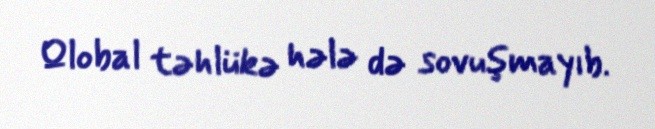
Qlobal təhlükə hələ də sovuşmayıb.